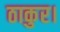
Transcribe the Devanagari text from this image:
ठाकुर।